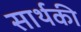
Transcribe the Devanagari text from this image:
सार्थकी